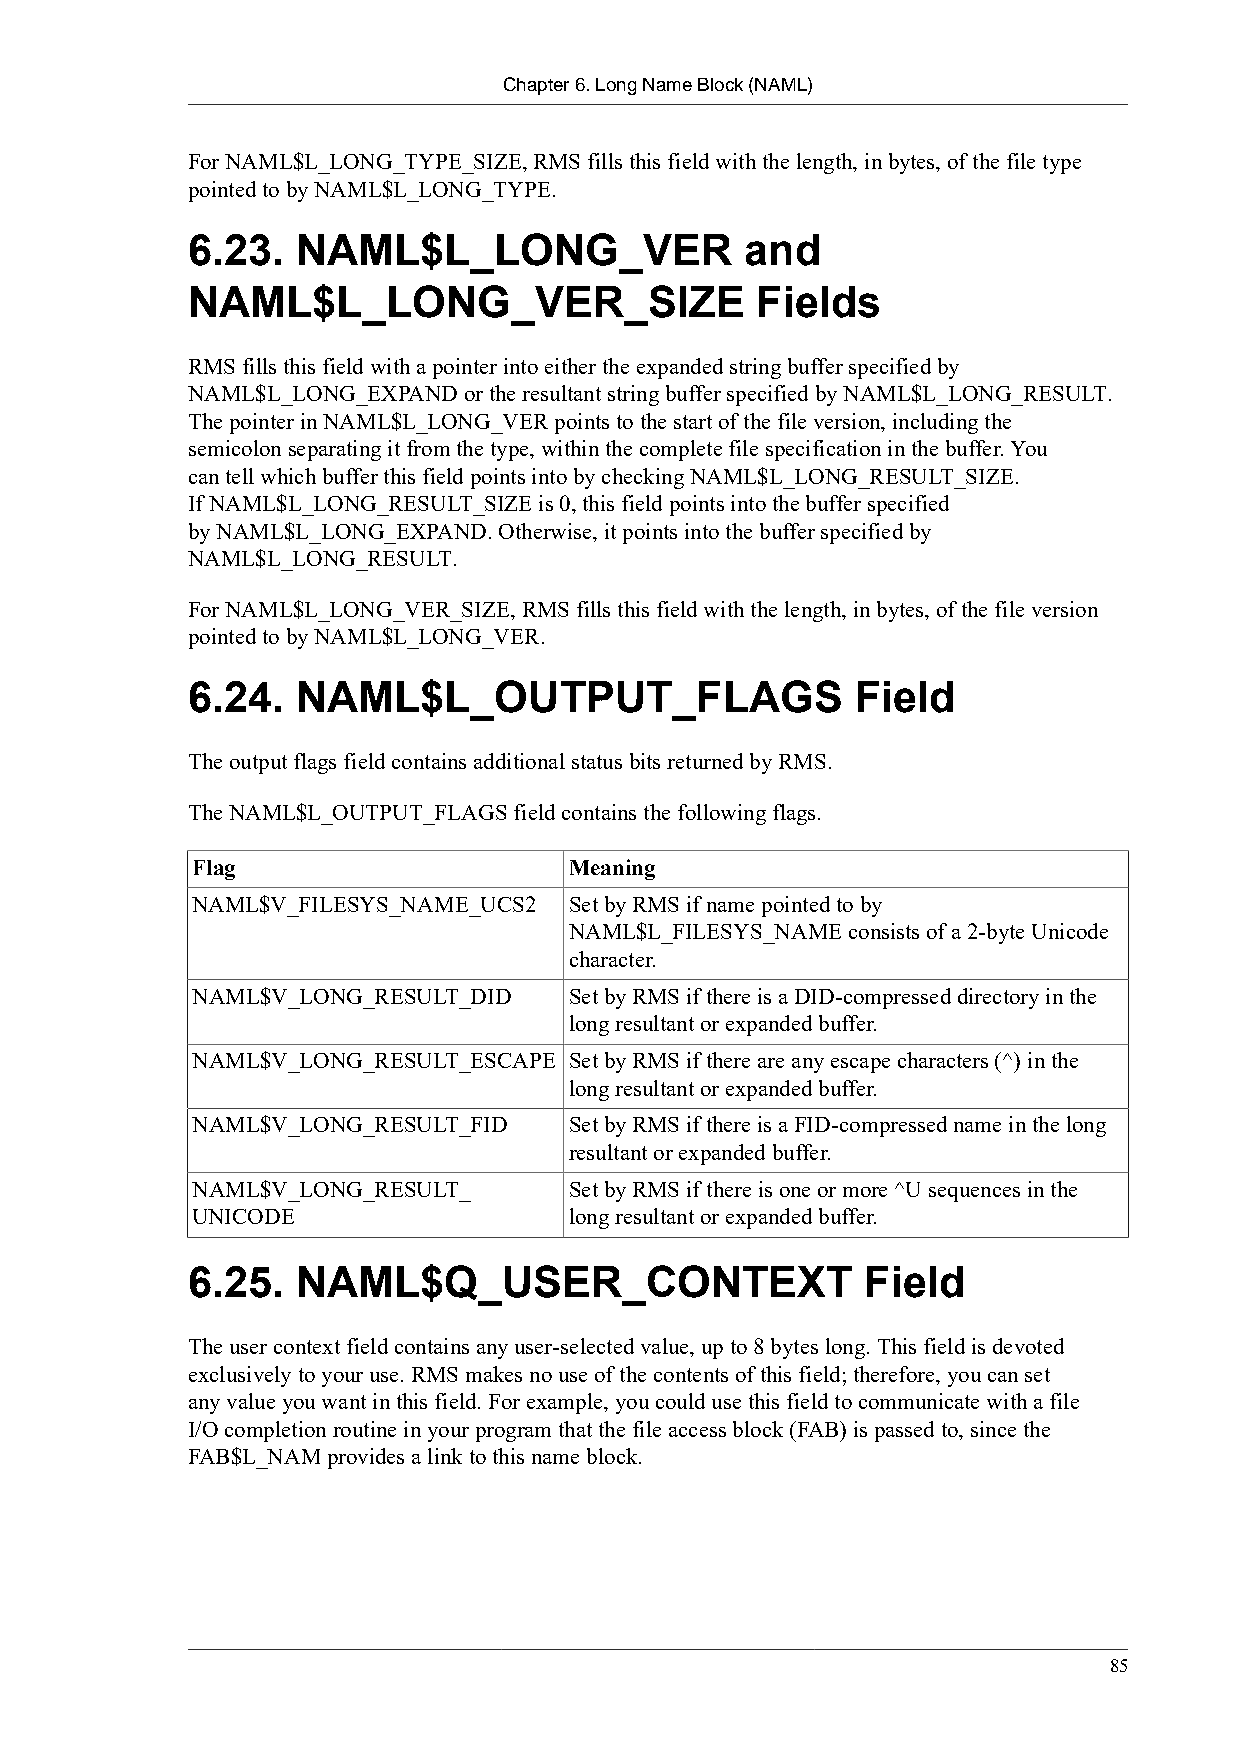
Chapter 6. Long Name Block (NAML)
 For NAML$L_LONG_TYPE_SIZE, RMS fills this field with the length, in bytes, of the file type
 pointed to by NAML$L_LONG_TYPE.
 6.23.   NAML$L_LONG_VER              and
 NAML$L_LONG_VER_SIZE                  Fields
 RMS fills this field with a pointer into either the expanded string buffer specified by
 NAML$L_LONG_EXPAND or the resultant string buffer specified by NAML$L_LONG_RESULT.
 The pointer in NAML$L_LONG_VER points to the start of the file version, including the
 semicolon separating it from the type, within the complete file specification in the buffer. You
 can tell which buffer this field points into by checking NAML$L_LONG_RESULT_SIZE.
 If NAML$L_LONG_RESULT_SIZE is 0, this field points into the buffer specified
 by NAML$L_LONG_EXPAND. Otherwise, it points into the buffer specified by
 NAML$L_LONG_RESULT.
 For NAML$L_LONG_VER_SIZE, RMS fills this field with the length, in bytes, of the file version
 pointed to by NAML$L_LONG_VER.
 6.24.   NAML$L_OUTPUT_FLAGS                  Field
 The output flags field contains additional status bits returned by RMS.
 The NAML$L_OUTPUT_FLAGS field contains the following flags.
 Flag                     Meaning
 NAML$V_FILESYS_NAME_UCS2 Set by RMS if name pointed to by
 NAML$L_FILESYS_NAME consists of a 2-byte Unicode
 character.
 NAML$V_LONG_RESULT_DID   Set by RMS if there is a DID-compressed directory in the
 long resultant or expanded buffer.
 NAML$V_LONG_RESULT_ESCAPE Set by RMS if there are any escape characters (^) in the
 long resultant or expanded buffer.
 NAML$V_LONG_RESULT_FID   Set by RMS if there is a FID-compressed name in the long
 resultant or expanded buffer.
 NAML$V_LONG_RESULT_      Set by RMS if there is one or more ^U sequences in the
 UNICODE                  long resultant or expanded buffer.
 6.25.   NAML$Q_USER_CONTEXT                  Field
 The user context field contains any user-selected value, up to 8 bytes long. This field is devoted
 exclusively to your use. RMS makes no use of the contents of this field; therefore, you can set
 any value you want in this field. For example, you could use this field to communicate with a file
 I/O completion routine in your program that the file access block (FAB) is passed to, since the
 FAB$L_NAM provides a link to this name block.
 85